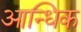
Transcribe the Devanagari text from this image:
आन्धिक